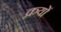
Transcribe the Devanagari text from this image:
क्रयों